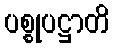
ပစ္စုပဋ္ဌာတိ